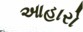
આહારો